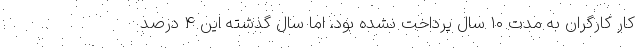
کار کارگران به مدت ۱۰ سال پرداخت نشده بود، اما سال گذشته این ۴ درصد